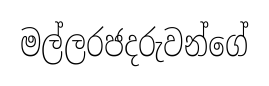
මල්ලරජදරුවන්ගේ